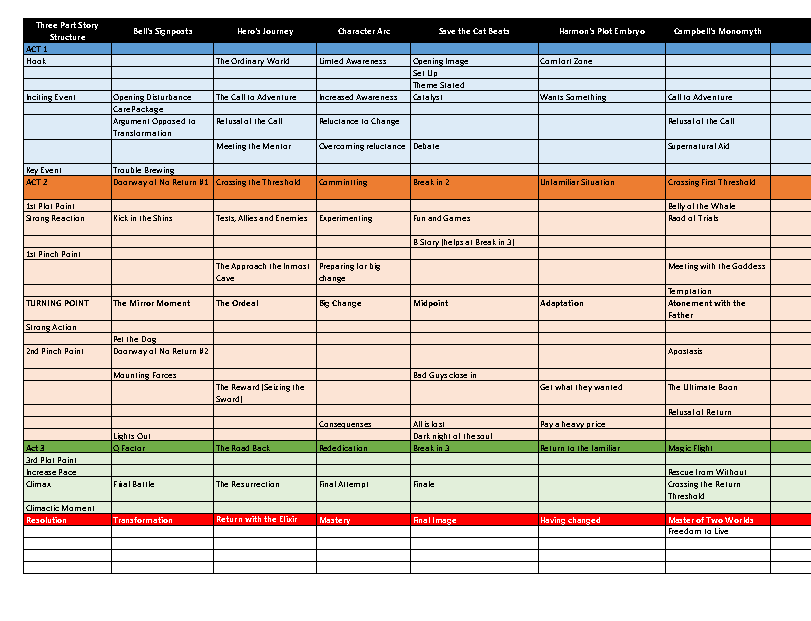
Thre Se tr P ua ctr ut rS etory Bell's Signposts Hero's Journey Character Arc Save the Cat Beats Harmon's Plot Embryo Campbell's Monomyth
 ACT 1
 Hook        The Ordinary World Limted Awareness Opening Image Comfort Zone
 Set Up
 Theme Stated
 Inciting Event Opening Disturbance The Call to Adventure Increased Awareness Catalyst Wants Something Call to Adventure
 Care Package
 Argument Opposed to Refusal of the Call Reluctance to Change Refusal of the Call
 Transformation
 Meeting the Mentor Overcoming reluctance Debate Supernatural Aid
 Key Event Trouble Brewing
 ACT 2 Doorway of No Return #1 Crossing the Threshold Commintting Break in 2 Unfamiliar Situation Crossing First Threshold
 1st Plot Point                            Belly of the Whale
 Strong Reaction Kick in the Shins Tests, Allies and Enemies Experimenting Fun and Games Raod of Trials
 B Story (helps at Break in 3)
 1st Pinch Point
 The Approach the Inmost Preparing for big Meeting with the Goddess
 Cave   change
 Temptation
 TURNING POINT The Mirror Moment The Ordeal Big Change Midpoint Adaptation Atonement with the
 Father
 Strong Action
 Pet the Dog
 2nd Pinch Point Doorway of No Return #2   Apostasis
 Mounting Forces    Bad Guys close in
 The Reward (Seizing the Get what they wanted The Ultimate Boon
 Sword)
 Refusal of Return
 Consequenses All is lost Pay a heavy price
 Lights Out         Dark night of the soul
 Act 3 Q Factor The Road Back Rededication Break in 3 Return to the familiar Magic Flight
 3rd Plot Point
 Increase Pace                             Rescue from Without
 Climax Final Battle The Resurrection Final Attempt Finale Crossing the Return
 Threshold
 Climactic Moment
 Resolution Transformation Return with the Elixir Mastery Final Image Having changed Master of Two Worlds
 Freedom to Live